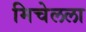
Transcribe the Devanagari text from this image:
मिचेलला